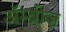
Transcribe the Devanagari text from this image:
ॲम्ब्रोज